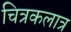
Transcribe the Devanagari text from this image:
चित्रकलात्र